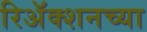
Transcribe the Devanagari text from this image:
रिअॅक्शनच्या